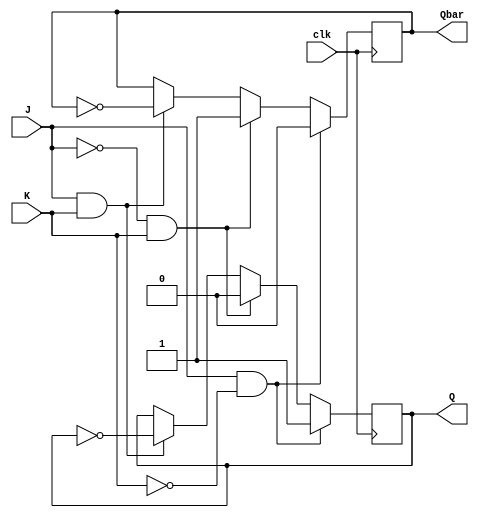
module jk_latch (
    input wire clk,
    input wire J,
    input wire K,
    output reg Q,
    output reg Qbar
);

always @ (posedge clk) begin
    if (J & ~K) begin
        Q <= 1'b1;
        Qbar <= 1'b0;
    end else if (~J & K) begin
        Q <= 1'b0;
        Qbar <= 1'b1;
    end else if (J & K) begin
        Q <= ~Q;
        Qbar <= ~Qbar;
    end
end

endmodule